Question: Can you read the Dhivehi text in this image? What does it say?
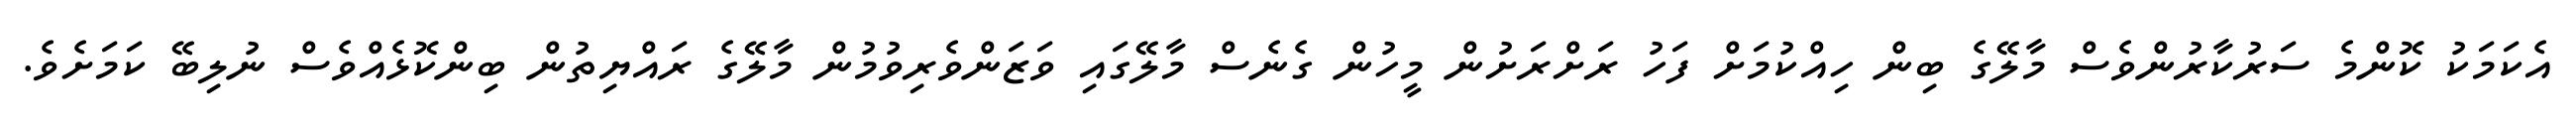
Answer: އެކަމަކު ކޮންމެ ސަރުކާރުންވެސް މާލޭގެ ބިން ހިއްކުމަށް ފަހު ރަށްރަށުން މީހުން ގެނެސް މާލޭގައި ވަޒަންވެރިވުމުން މާލޭގެ ރައްޔިތުން ބިންކޮޅެއްވެސް ނުލިބޭ ކަމަށެވެ.